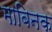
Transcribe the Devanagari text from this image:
माबिनक